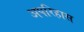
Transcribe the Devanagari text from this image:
अपरिहास